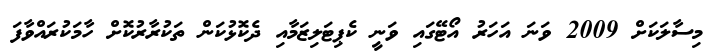
މިސާލަކަށް 2009 ވަނަ އަހަރު އޯޓޭގައި ވަނީ ކެޕިޓަލިޒަމާއި ދެކޮޅުކަން ތަކުރާރުކޮށް ހާމަކުރައްވާފަ